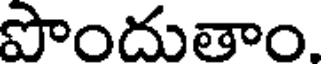
పొందుతాం.